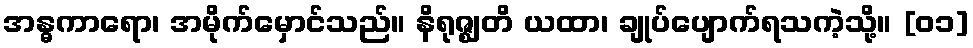
အန္ဓကာရော၊ အမိုက်မှောင်သည်။ နိရုဇ္ဈတိ ယထာ၊ ချုပ်ပျောက်ရသကဲ့သို့။ [၀၁]